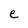
Character: e